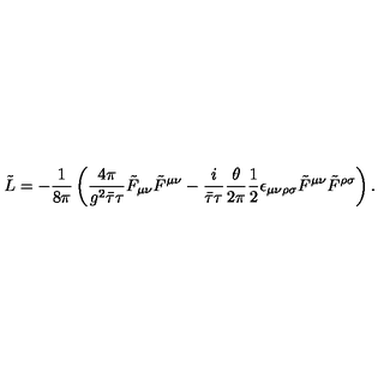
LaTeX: \tilde { L } = - \frac { 1 } { 8 \pi } \left( \frac { 4 \pi } { g ^ { 2 } \bar { \tau } \tau } \tilde { F } _ { \mu \nu } \tilde { F } ^ { \mu \nu } - \frac { i } { \bar { \tau } \tau } \frac { \theta } { 2 \pi } \frac { 1 } { 2 } \epsilon _ { \mu \nu \rho \sigma } \tilde { F } ^ { \mu \nu } \tilde { F } ^ { \rho \sigma } \right) .